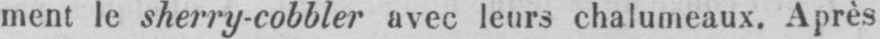
ment le sherry-cobbler avec leurs chalumeaux. Après